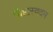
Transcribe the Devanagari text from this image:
पिष्टास्वदन